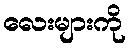
လေးများကို